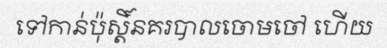
ទៅកាន់ប៉ុស្តិ៍នគរបាលចោមចៅ ហើយ